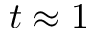
t \approx 1